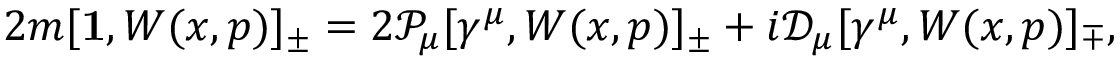
2 m [ { \bf 1 } , W ( x , p ) ] _ { \pm } = 2 { \mathcal P } _ { \mu } [ \gamma ^ { \mu } , W ( x , p ) ] _ { \pm } + i { \mathcal D } _ { \mu } [ \gamma ^ { \mu } , W ( x , p ) ] _ { \mp } ,